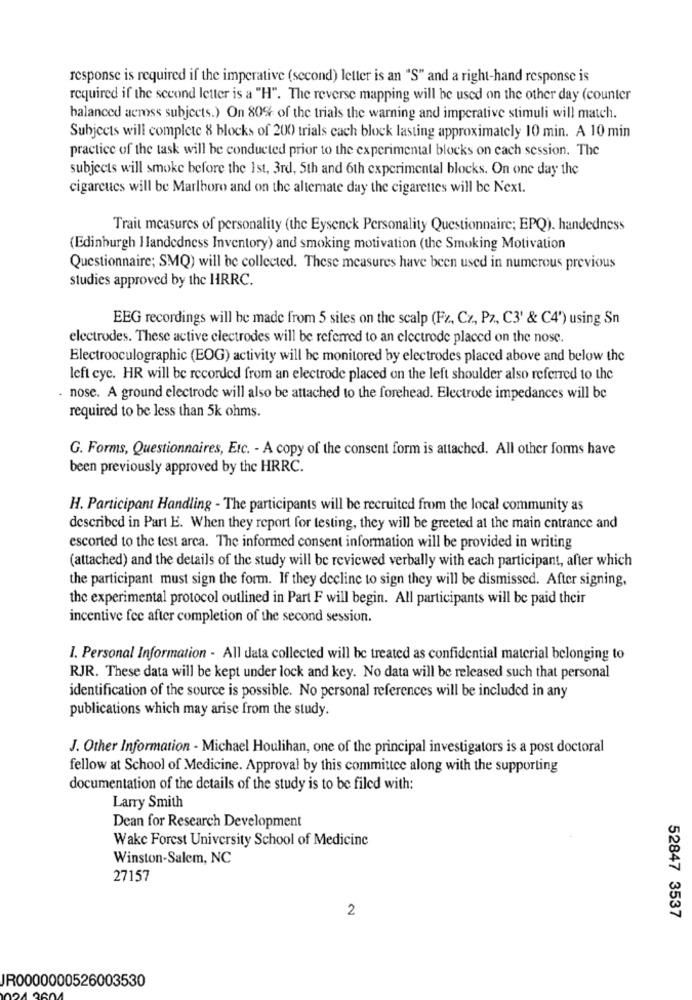
response is required if the imperative (second) letter is an "S" and a right-hand response is
required if the second letter is a "H". The reverse mapping will be used on the other day (counter
balanced across subjects.) On 80% of the trials the warning and imperative stimuli will match.
Subjects will complete 8 blocks of 200 trials cach block lasting approximately 10 min. A 10 min
practice of the task will be conducted prior to the experimental blocks on each session. The
subjects will smoke before the 1st, 3rd, 5th and 6th experimental blocks. On one day the
cigarcucs will be Marlboro and on the altemate day the cigarettes will be Next.
Trait measures of personality (the Eysenck Personality Questionnaire; EPQ). handedness
(Edinburgh Handedness Inventory) and smoking motivation (the Smoking Motivation
Questionnaire; SMQ) will be collected. These measures have been used in numerous previous
studies approved by the HRRC.
EEG recordings will be made from 5 sites on the scalp (Fz, Cz, Pz, C3' & C4') using Sn
electrodes. These active electrodes will be referred to an electrode placed on the nose.
Electrooculographic (EOG) activity will be monitored by electrodes placed above and below the
left cyc. HR will be recorded from an electrode placed on the left shoulder also referred to the
. nose. A ground electrode will also be attached to the forehead. Electrode impedances will be
required to be less than 5k ohms.
G. Forms, Questionnaires, Etc. - A copy of the consent form is attached. All other forms have
been previously approved by the HRRC.
H. Participant Handling - The participants will be recruited from the local community as
described in Part E. When they report for testing, they will be greeted at the main entrance and
escorted to the test arca. The informed consent information will be provided in writing
(attached) and the details of the study will be reviewed verbally with each participant, after which
the participant must sign the form. If they decline to sign they will be dismissed. After signing,
the experimental protocol outlined in Part F will begin. All participants will be paid their
incentive fee after completion of the second session.
1. Personal Information - All data collected will be treated as confidential material belonging to
RJR. These data will be kept under lock and key. No data will be released such that personal
identification of the source is possible. No personal references will be included in any
publications which may arise from the study.
J. Other Information - Michael Houlihan, one of the principal investigators is a post doctoral
fellow at School of Medicine. Approval by this committee along with the supporting
documentation of the details of the study is to be filed with:
Larry Smith
Dean for Research Development
Wake Forest University School of Medicine
Winston-Salem, NC
27157
2
52847 3537
JR0000000526003530